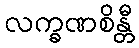
လက္ခဏစိန္တီ